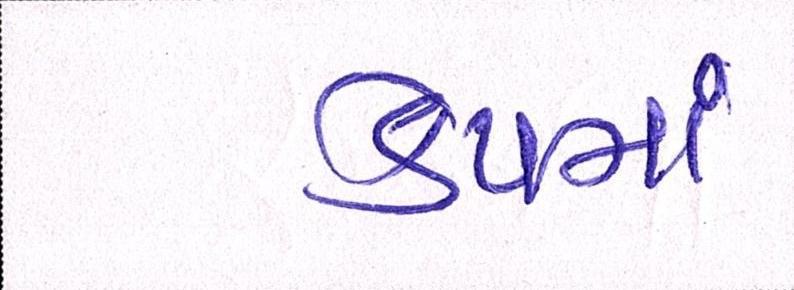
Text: કેપમાં